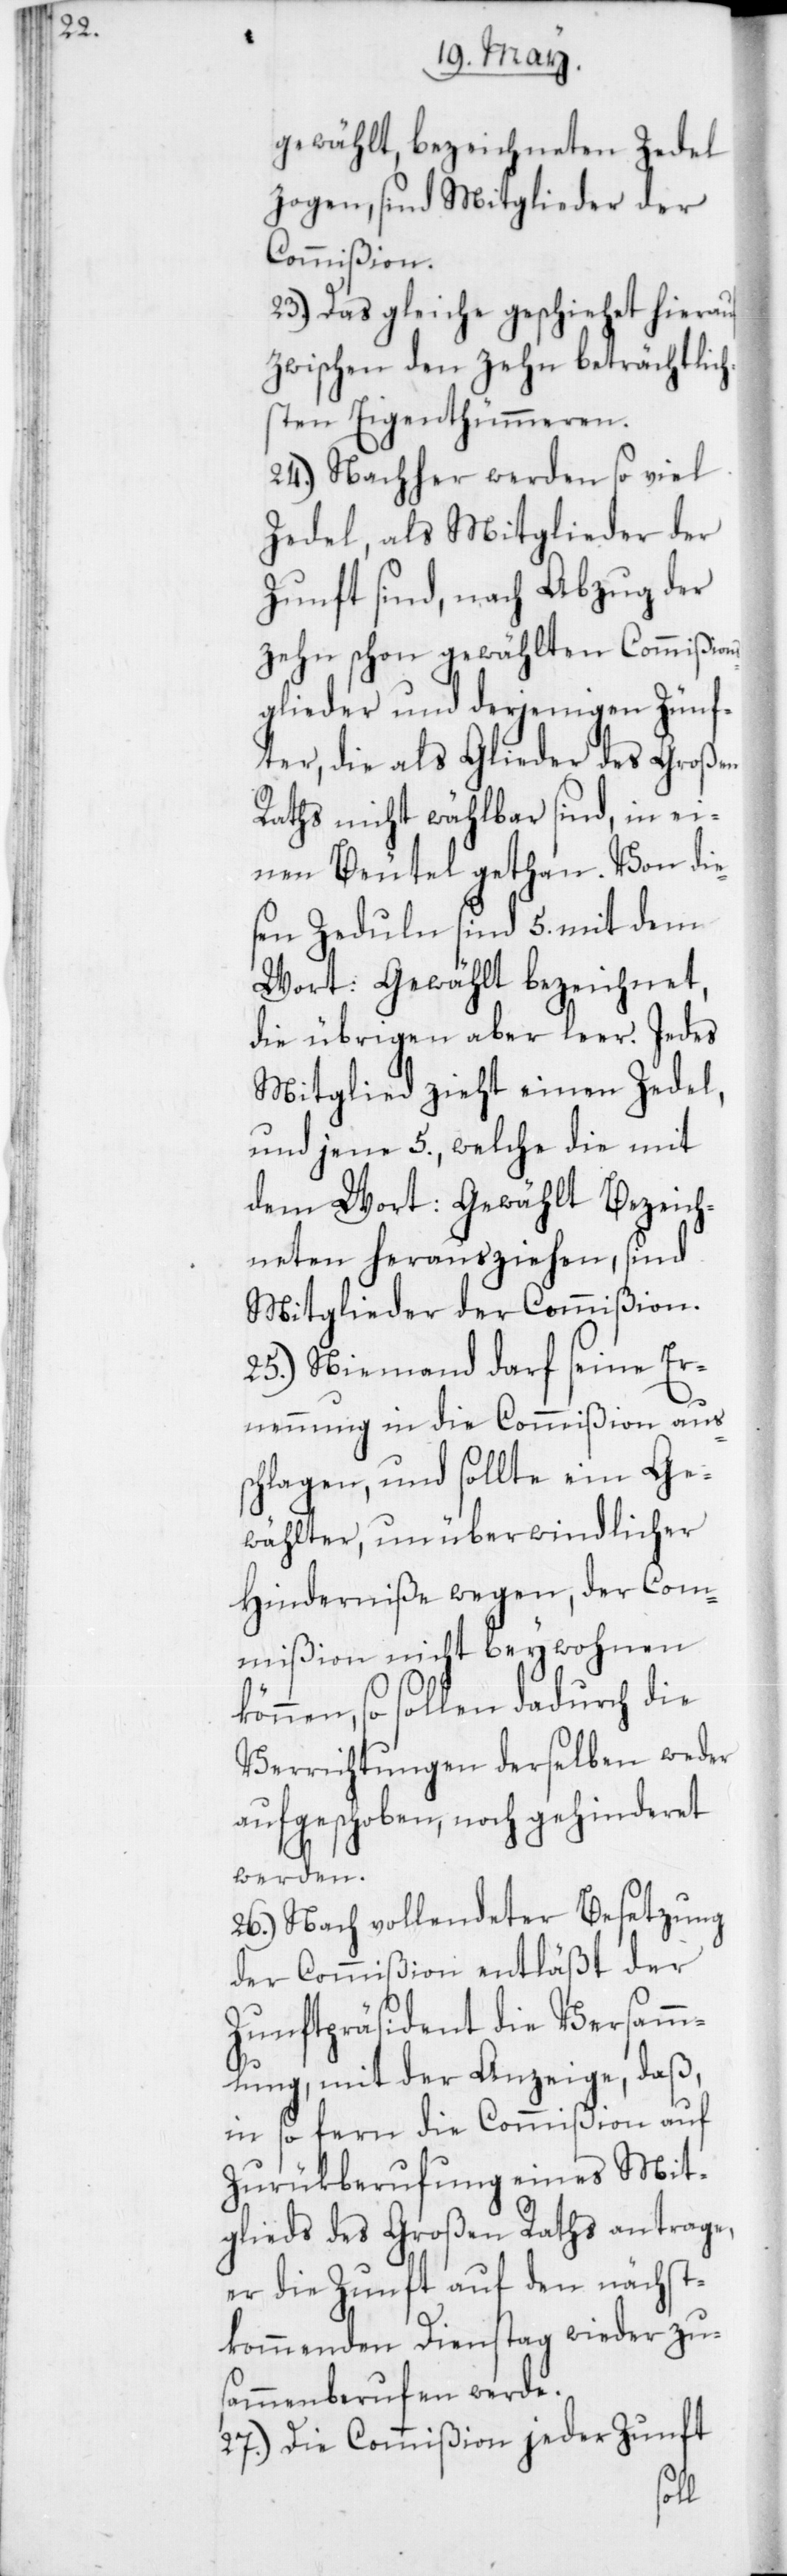
gewählt bezeichneten Zedel
zogen, sind Mitglieder der
Commißion.
23. Das gleiche geschieht hierauf
zwischen den zehn beträchtlic¬
hsten Eigenthümmeren.
24. Nachher werden so viel
Zedel, als Mitglieder der
Zunft sind, nach Abzug der
zehn schon gewählten Commißion¬
sglieder und derjenigen Zünf¬
ter, die als Glieder des Großen
Raths nicht wählbar sind, in ei¬
nen Beutel gethan. Von die¬
sen Zeduln sind 5 mit dem
Wort: gewählt bezeichnet,
die übrigen aber leer. Jedes
Mitglied zieht einen Zedel,
und jene 5, welche die mit
dem Wort: Gewählt Bezeich¬
neten herausziehen, sind
Mitglieder der Commißion.
25. Niemand darf seine Er¬
nennung in die Commißion aus¬
schlagen, und sollte ein Ge¬
wählter, unüberwindlicher
Hinderniße wegen, der Com¬
mißion nicht beywohnen
können, so sollen dadurch die
Verrichtungen derselben weder
aufgeschoben noch gehinderet
werden.
26. Nach vollendeter Besetzung
der Commißion entläßt der
Zunftpräsident die Versamm¬
lung mit der Anzeige, daß
in so fern die Commißion auf
Zurükberufung eines Mit¬
glieds des Großen Raths antrage,
er die Zunft auf den nächst¬
kommenden Dienstag wieder zu¬
sammenberufen werde.
27. Die Commißion jeder Zunft